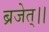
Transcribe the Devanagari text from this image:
ब्रजेत्।।